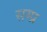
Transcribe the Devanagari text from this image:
सम्प्र